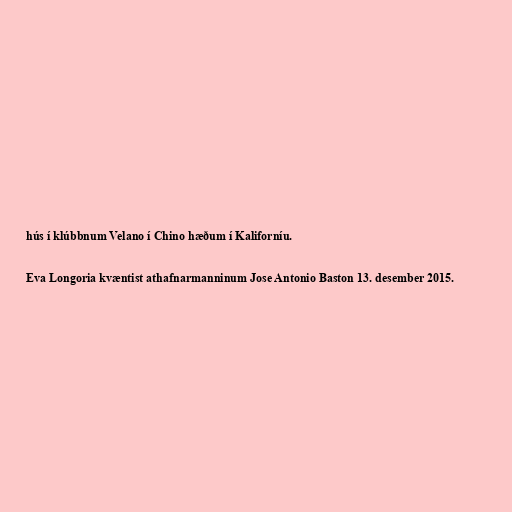
hús í klúbbnum Velano í Chino hæðum í Kaliforníu.

Eva Longoria kvæntist athafnarmanninum Jose Antonio Baston 13. desember 2015.